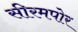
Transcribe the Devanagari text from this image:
सीरमपोर